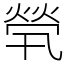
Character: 煢